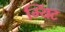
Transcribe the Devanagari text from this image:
म्यिंट